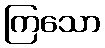
ကြသော